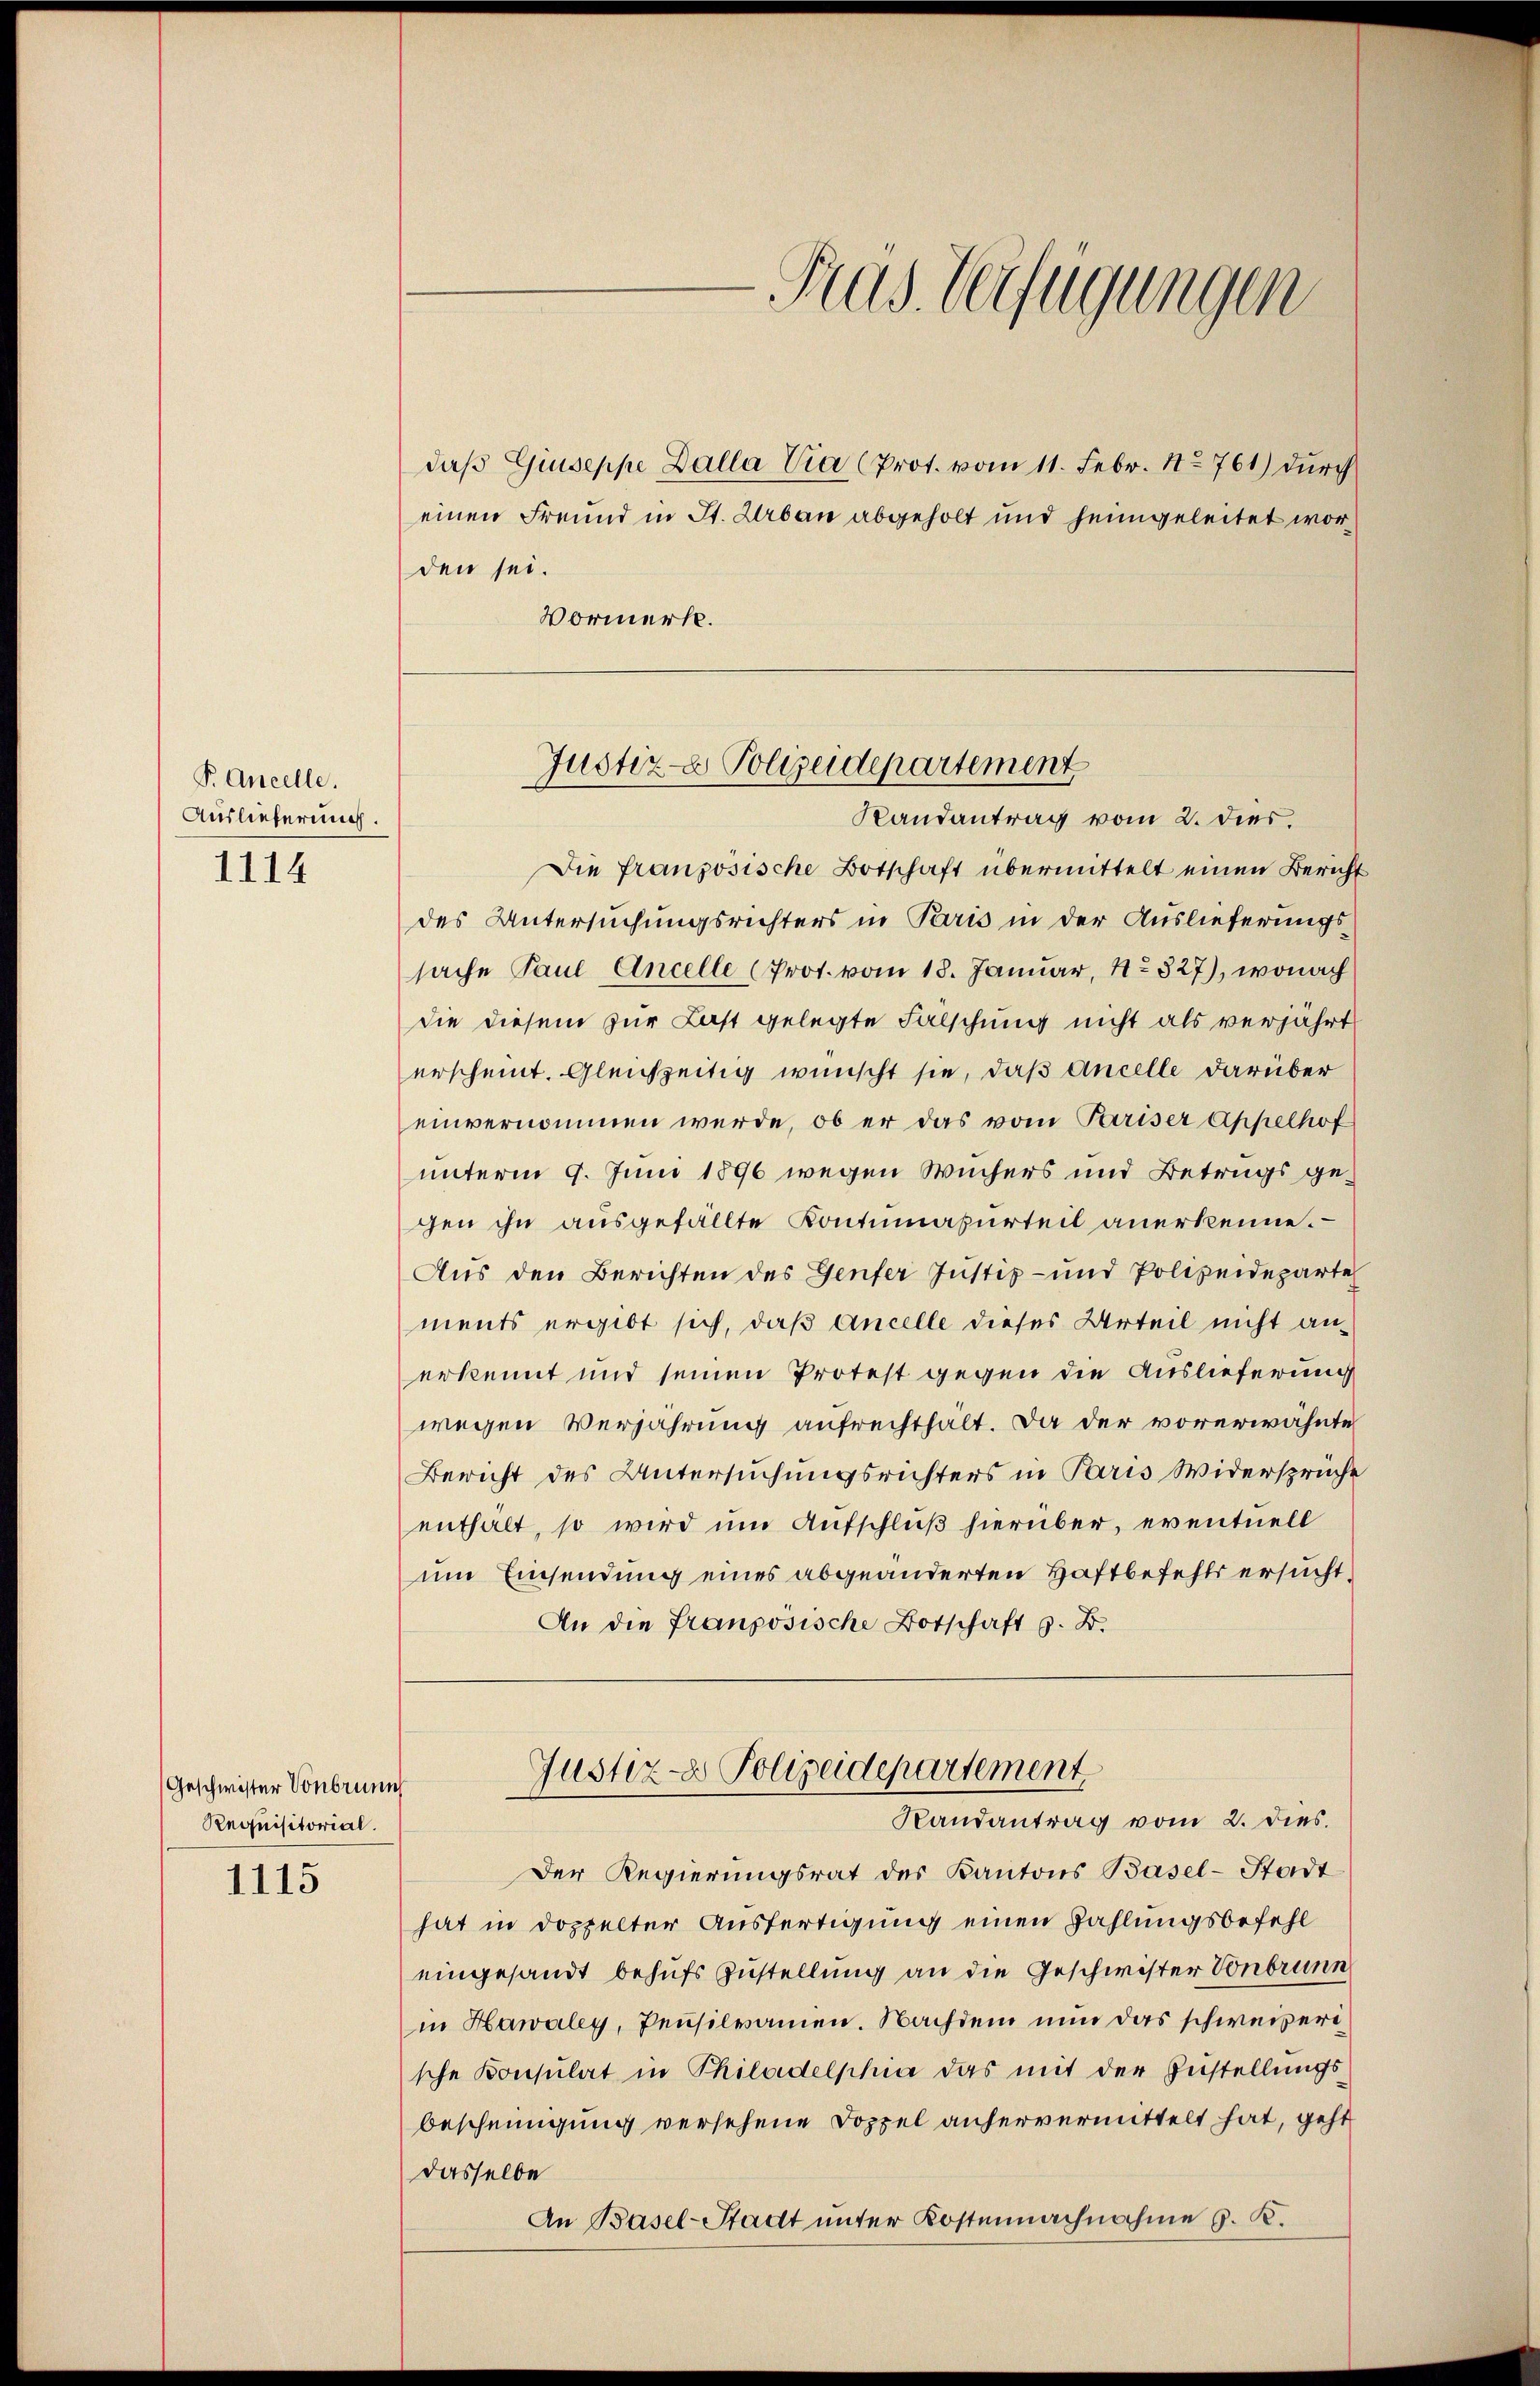
P Ancelle.
Auslieferung.
1114

Geschwister Vonbrunn
Requisitorial.

1115

daβ Giuseppe Dalla Via (Prot. vom 11. Febr. No 761) durch
den sei.
Vormerk.
Die französische Botschaft übermittelt einen Bericht
des Untersuchungsrichters in Paris in der Auslieferungssache Paul Ancelle (Prot. vom 18. Januar, No 827), wonach
die diesem zur Last gelegte Fälschung nicht als verjahrt
erscheint. Gleichzeitig wünscht sie, daß Ancelle darüber
einvernommen werde, ob er das vom Pariser Appelhof
unterm 9. Juni 1896 wegen Wuchers und Betrugs gegen ihn ausgefällte Kontumasurteil anerkenne.
Aus den Berichten des Genfer Justiz- und Polizeideparte
ments ergibt sich, daß Ancelle dieses Urteil nicht anerkennt und seinen Protest gegen die Auslieferung
wegen Verjährung aufrechthalt. Da der vorerwähnte
Bericht des Untersuchungsrichters in Paris Widersprüche
enthalt, so wird um Aufschluß hierüber, eventuell
um Einsendung eines abgeänderten Haftbefehls ersucht,
An die französische Botschaft z. B.
Justiz- & Polizeidepartement.
Randantrag vom 2. Dies.
Der Regierungsrat des Kantons Basel-Stadt
hat in doppelter Ausfertigung einen Zahlungsbefehl
eingesandt behufs Zustellung an die Geschwister Vonbrunn
in Hawaley, Pensilvamen. Nachdem nun das schweizerische Konsulat in Philadelphia das mit der Zustellungs-
bescheinigung versehene Doppel anhervermittelt hat, geht
dasselbe
An Basel-Stadt unter Kostennachnahme S. K.

Plas. Verfügungen

einen Freund in St. Urban abgeholt und heimgeleitet wor¬

Justiz - Polizeidepartement
Randantrag vom 2. dies.